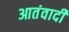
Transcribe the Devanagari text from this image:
आतंवादी